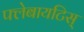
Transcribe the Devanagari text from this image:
फ्लेबायटिस्